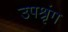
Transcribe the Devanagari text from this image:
उपश्रृंग